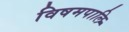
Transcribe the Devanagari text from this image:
विषमपालि